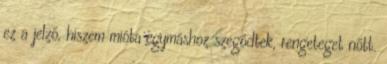
ez a jelző, hiszem mióta egymáshoz szegődtek, rengeteget nőtt.